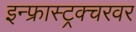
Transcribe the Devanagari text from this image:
इन्फ्रास्ट्रक्चरवर